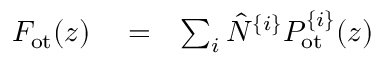
\begin{array} { r l r } { F _ { \mathrm { o t } } ( z ) } & { { } = } & { \sum _ { i } \hat { N } ^ { \{ i \} } P _ { \mathrm { o t } } ^ { \{ i \} } ( z ) } \end{array}